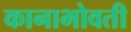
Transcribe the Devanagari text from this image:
कानाभोवती